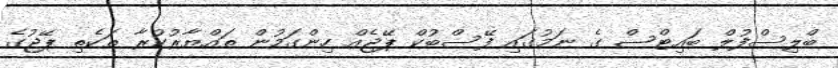
ބްލިސްފުލް ބައިޓްސް ގެ ނަމުގައި ފޭސްބުކް ޕޭޖެއް ހިންގަމުން ތައްޔާރުކުރާ ތަކެތި ޕޭޖުގެ